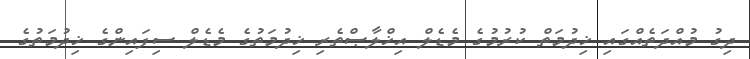
ދިގު މުއްދަތެއްގައި ޚިދުމަތް ކުރުމުގެ މެޑެލް އިޚްލާޞްތެރި ޚިދުމަތުގެ މެޑެލް ސިފައިންގެ ޚިދުމަތުގެ